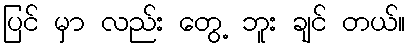
ပြင် မှာ လည်း တွေ့ ဘူး ချင် တယ်။